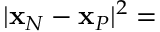
| { \bf x } _ { N } - { \bf x } _ { P } | ^ { 2 } =